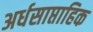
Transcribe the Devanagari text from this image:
अर्धसाप्ताहिक